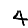
Digit: 4